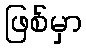
ဖြစ်မှာ